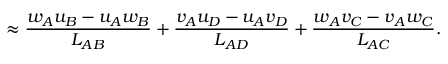
\approx \frac { w _ { A } u _ { B } - u _ { A } w _ { B } } { L _ { A B } } + \frac { v _ { A } u _ { D } - u _ { A } v _ { D } } { L _ { A D } } + \frac { w _ { A } v _ { C } - v _ { A } w _ { C } } { L _ { A C } } .